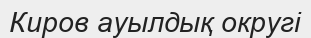
Киров ауылдық округі